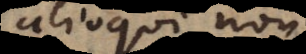
alioqui non